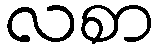
လစာ